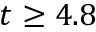
t \geq 4 . 8